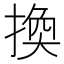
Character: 換